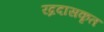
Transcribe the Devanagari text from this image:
रद्रदासकृत